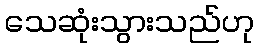
သေဆုံးသွားသည်ဟု